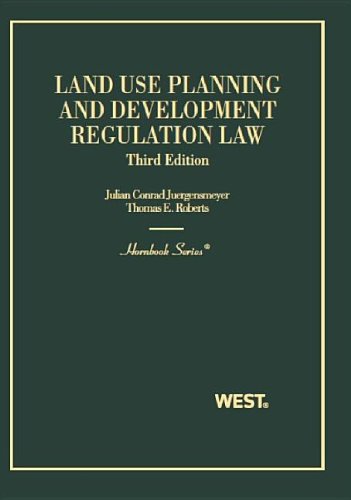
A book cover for Land Use Planning and Development Regulation Law (Hornbook); Julian Juergensmeyer; Law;